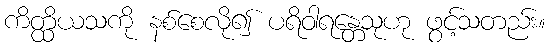
ကိတ္ထိယသကို နစ်စေလို၍ ပရိဝါရန္တေသုဟု ဖွင့်သတည်း။